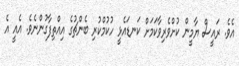
އެވެ. ރައީސް ޔާމީން ކުށްވެރިވާކަމަށް ކަނޑައެޅީ ހުކުމްކުރި ބެންޗުގެ އިއްތިފާގުންނެވެ. އެއީ އެ